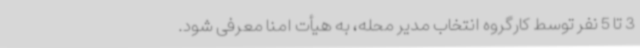
3 تا 5 نفر توسط کارگروه انتخاب مدیر محله، به هیأت امنا معرفی شود.